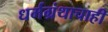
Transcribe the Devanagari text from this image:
धर्मग्रंथाचाही